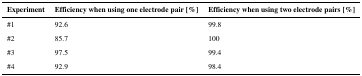
| Experiment | Efficiency when using one electrode pair [%] | Efficiency when using two electrode pairs [%] |
 | --- | --- | --- |
 | #1 | 92.6 | 99.8 |
 | #2 | 85.7 | 100 |
 | #3 | 97.5 | 99.4 |
 | #4 | 92.9 | 98.4 |